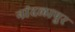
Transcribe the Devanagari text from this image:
नांदलापुर